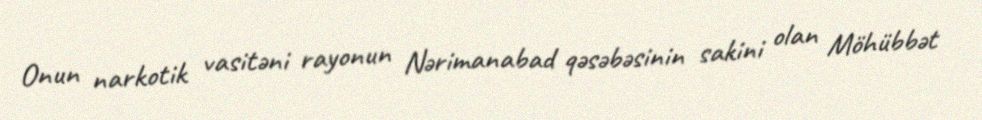
Onun narkotik vasitəni rayonun Nərimanabad qəsəbəsinin sakini olan Möhübbət